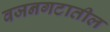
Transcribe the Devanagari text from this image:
वजनगटातील